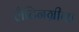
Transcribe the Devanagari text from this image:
लैटिनग्रीक